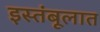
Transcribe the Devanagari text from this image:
इस्तंबूलात